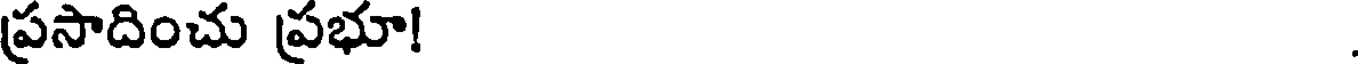
ప్రసాదించు ప్రభూ!